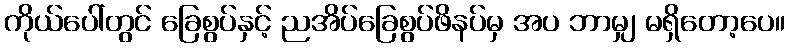
ကိုယ်ပေါ်တွင် ခြေစွပ်နှင့် ညအိပ်ခြေစွပ်ဖိနပ်မှ အပ ဘာမျှ မရှိတော့ပေ။